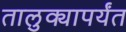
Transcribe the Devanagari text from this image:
तालुक्यापर्यंत